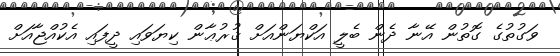
ވަގުތުގެ ގޮތުން އޭނާ ދެން ބެލީ އަކްޔަންއަށް ޤުރުޢާން ކިޔަވައި ދީފައި އެކުއްޖާއަށް